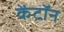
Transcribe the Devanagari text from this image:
केंटॉन